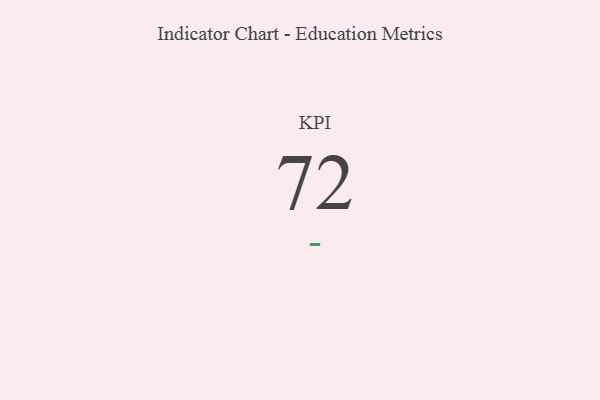
{"axis": {"x": "KPI", "y": "Value"}, "legend": [""], "data": [{"x": "KPI", "y": 72, "type": ""}]}